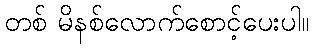
တစ် မိနစ်လောက်စောင့်ပေးပါ။